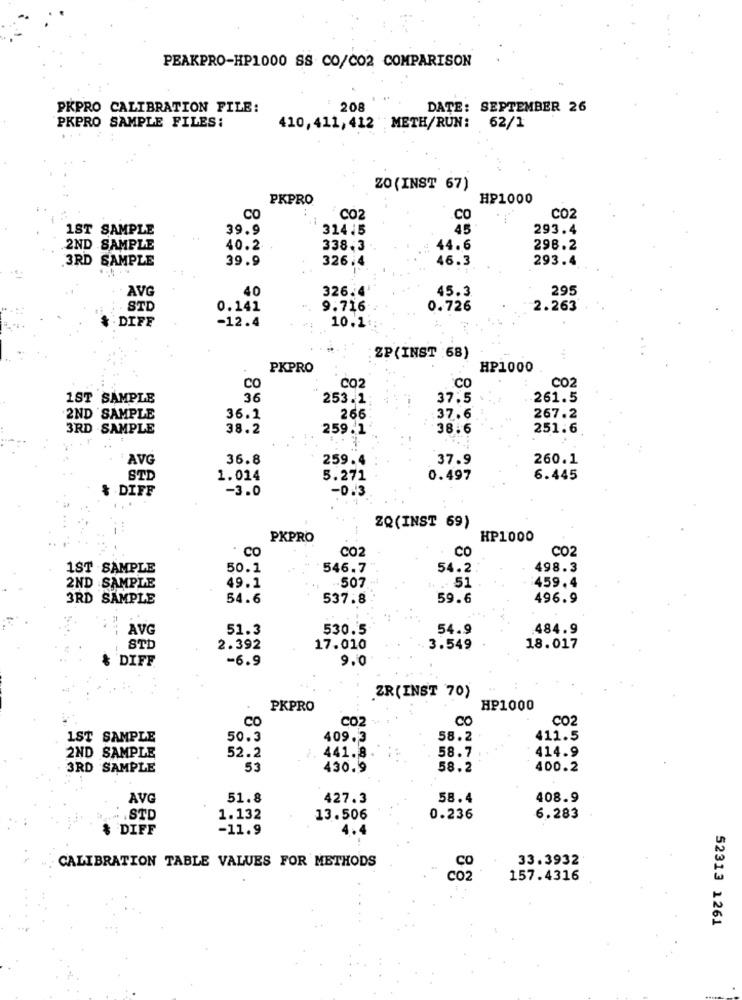
PEAKPRO-HP1000 SS CO/CO2 COMPARISON
PKPRO CALIBRATION FILE:
208
DATE: SEPTEMBER 26
PKPRO SAMPLE FILES:
410, 411, 412 METH/RUN: 62/1
ZO (INST 67)
PKPRO
HP1000
CO
CO2
CO
CO2
1ST SAMPLE
39.9
314.5
45
293.4
2ND SAMPLE
40.2
338.3
44.6
298.2
3RD SAMPLE
39.9
326.4
46.3
293.4
AVG
40
326.4
45.3
295
STD
0.141
9.716
0.726
2.263
DIFF
-12.4
10.1
..
ZP(INST :68)
PKPRO
HP1000
CO2
CO
C02
CO
1ST SAMPLE
36
253.1
37.5
261.5
2ND SAMPLE
36.1
266
37.6
267.2
3RD SAMPLE
38.2
259.1
38.6
251.6
AVG
36.8
259.4
37.9
260.1
STD
1.014
5.271
0.497
6.445
& DIFF
-3.0
-0.3
ZQ (INST 69)
PKPRO
HP1000
. Co
CO2
CO
CO2
1ST SAMPLE
50.1
546.7
54.2
498.3
2ND SAMPLE
49.1
507
. . 51
459.4
3RD SAMPLE
54.6
537.8
59.6
496.9
AVG
51.3
530.5
54.9
484.9
STD
2.392
17.010
3.549
18.017
& DIFF
-6.9
9.0
ZR (INST 70)
PKPRO
HP1000
CO
CO2
CO
CO2
1ST SAMPLE
50.3
409.3
58.2
411.5
52.2
441.8.
58.7
414.9
2ND SAMPLE
3RD SAMPLE
53
430.9
58.2
400.2
AVG
51.8
427.3
58.4
408.9
.. . STD
1.132
13.506
0.236
6.283
$ DIFF
-11.9
CALIBRATION TABLE VALUES FOR METHODS
33.3932
CO
157.4316
52313 1261